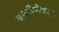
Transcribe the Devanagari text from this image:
कामगिरीपासून